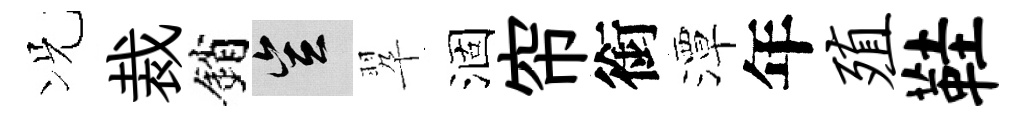
况裁銷豈翆涸帘銜潭年殖鞋